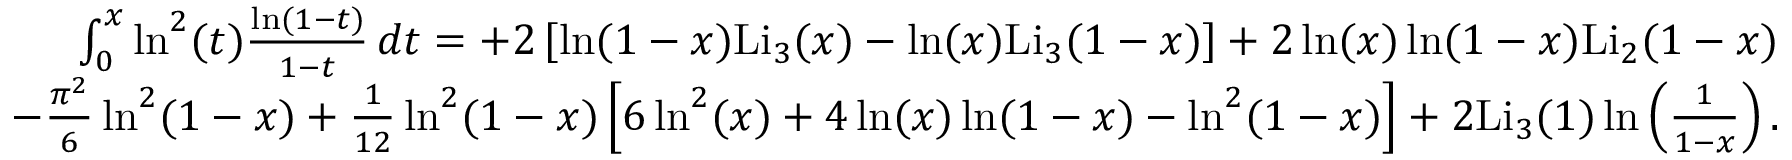
\begin{array} { r l r } & { } & { \int _ { 0 } ^ { x } \ln ^ { 2 } ( t ) \frac { \ln ( 1 - t ) } { 1 - t } \, d t = + 2 \left[ \ln ( 1 - x ) \mathrm { L i } _ { 3 } ( x ) - \ln ( x ) \mathrm { L i } _ { 3 } ( 1 - x ) \right] + 2 \ln ( x ) \ln ( 1 - x ) \mathrm { L i } _ { 2 } ( 1 - x ) } \\ & { } & { - \frac { \pi ^ { 2 } } { 6 } \ln ^ { 2 } ( 1 - x ) + \frac { 1 } { 1 2 } \ln ^ { 2 } ( 1 - x ) \left[ 6 \ln ^ { 2 } ( x ) + 4 \ln ( x ) \ln ( 1 - x ) - \ln ^ { 2 } ( 1 - x ) \right] + 2 \mathrm { L i } _ { 3 } ( 1 ) \ln \left( \frac { 1 } { 1 - x } \right) . } \end{array}